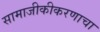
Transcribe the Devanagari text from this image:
सामाजीकीकरणाचा